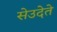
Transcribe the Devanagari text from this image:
सेउदेते